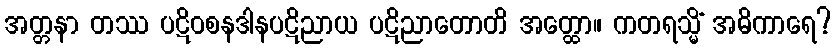
အတ္တနာ တဿ ပဋိဝစနဒါနပဋိညာယ ပဋိညာတောတိ အတ္ထော။ ကတရသ္မိံ အဓိကာရေ?